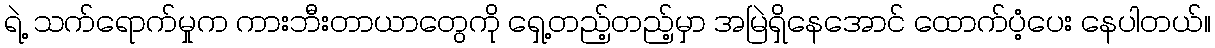
ရဲ့ သက်ရောက်မှုက ကားဘီးတာယာတွေကို ရှေ့တည့်တည့်မှာ အမြဲရှိနေအောင် ထောက်ပံ့ပေး နေပါတယ်။